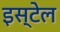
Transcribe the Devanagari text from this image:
इस्टेल